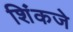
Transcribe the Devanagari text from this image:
शिंकजे